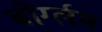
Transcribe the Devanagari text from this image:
बोर्ग्लम